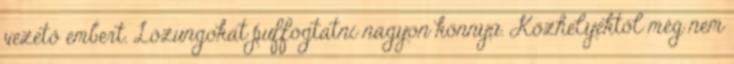
vezető embert. Lózungokat puffogtatni nagyon könnyű. Közhelyektől még nem